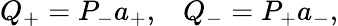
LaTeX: Q_{+}=P_{-}a_{+},\; \; \; Q_{-}=P_{+}a_{-},